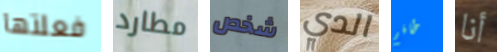
فعلتها مطارد شخص الدي طاقم أنا